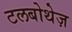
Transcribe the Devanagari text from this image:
टलबोथेज़